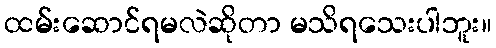
ထမ်းဆောင်ရမလဲဆိုတာ မသိရသေးပါဘူး။